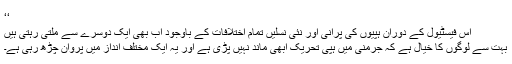
‘‘
اس فیسٹیول کے دوران ہپیوں کی پرانی اور نئی نسلیں تمام اختلافات کے باوجود اب بھی ایک دوسرے سے ملتی رہتی ہیں
بہت سے لوگوں کا خیال ہے کہ جرمنی میں ہپی تحریک ابھی ماند نہیں پڑی ہے اور یہ ایک مختلف انداز میں پروان چڑھ رہی ہے۔